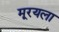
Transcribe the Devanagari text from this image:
मूरयला